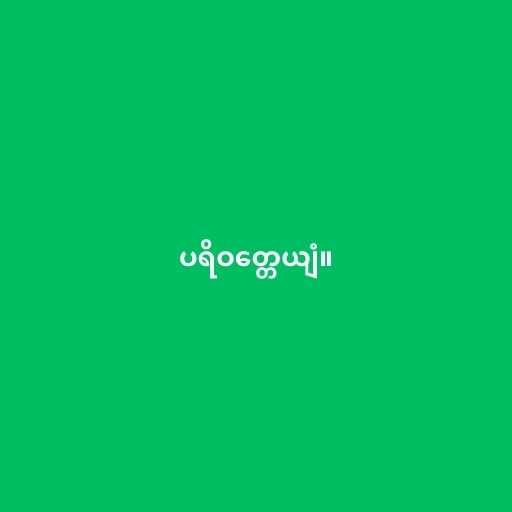
ပရိဝတ္တေယျံ။